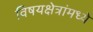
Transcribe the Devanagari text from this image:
विषयक्षेत्रांमध्ये